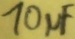
Text: 10µF